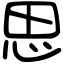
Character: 思